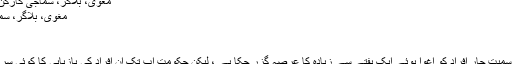
مغوی، بلاگر، سماجی کارکن یا گستاخ - ہم شہری
مغوی، بلاگر، سماجی کارکن یا گستاخ
16 جنوری,2017
احمد نور…
پروفیسر سلمان حیدر سمیت چار افراد کو اغوا ہوئے ایک ہفتے سے زیادہ کا عرصہ گزر چکا ہے ، لیکن حکومت اب تک ان افراد کی بازیابی کا کوئی سراغ نہیں لگا سکی ہے۔